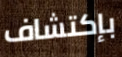
بإكتشاف